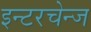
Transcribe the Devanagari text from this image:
इन्टरचेन्ज